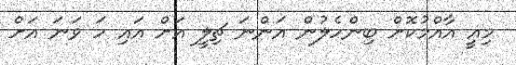
މިއީ އާއްމުކޮށް ބިންހެލުން އަންނަ ޗިލީ އަށް އައި ހަ ވަނަ އަށް